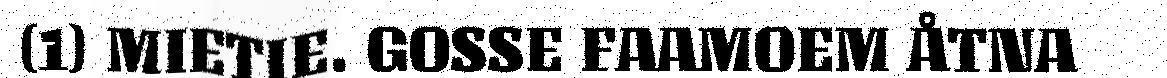
(1) MIETIE. GOSSE FAAMOEM ÅTNA